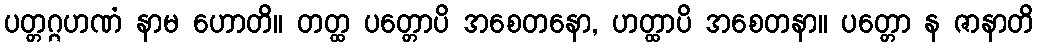
ပတ္တဂ္ဂဟဏံ နာမ ဟောတိ။ တတ္ထ ပတ္တောပိ အစေတနော, ဟတ္ထာပိ အစေတနာ။ ပတ္တော န ဇာနာတိ